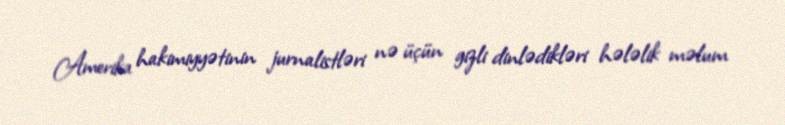
Amerika hakimiyyətinin jurnalistləri nə üçün gizli dinlədikləri hələlik məlum